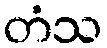
တံသ